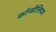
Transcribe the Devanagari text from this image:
कॉन्सीलियम